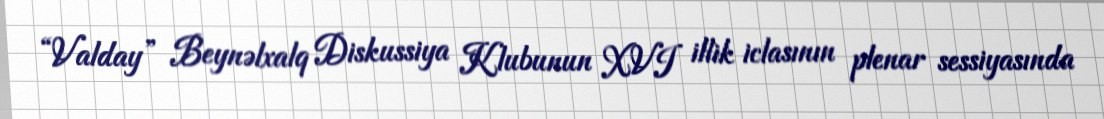
“Valday” Beynəlxalq Diskussiya Klubunun XVI illik iclasının plenar sessiyasında